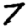
Digit: 7